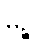
မုဉ္စိ